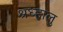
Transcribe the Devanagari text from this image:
श्रध्हालु